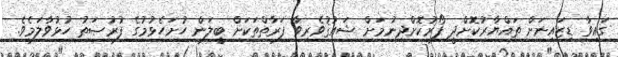
ގައިވާ ޑިޒައިނަށް ތައްޔާރުކޮށްދީ ފޯރުކޮށްދިނުމަށް ޝައުޤުވެރިވާ ފަރާތްތަކަށް ބީލަން ހުށަހެޅުމުގެ ފުރުޞަތު ހުޅުވާލަމެވެ.